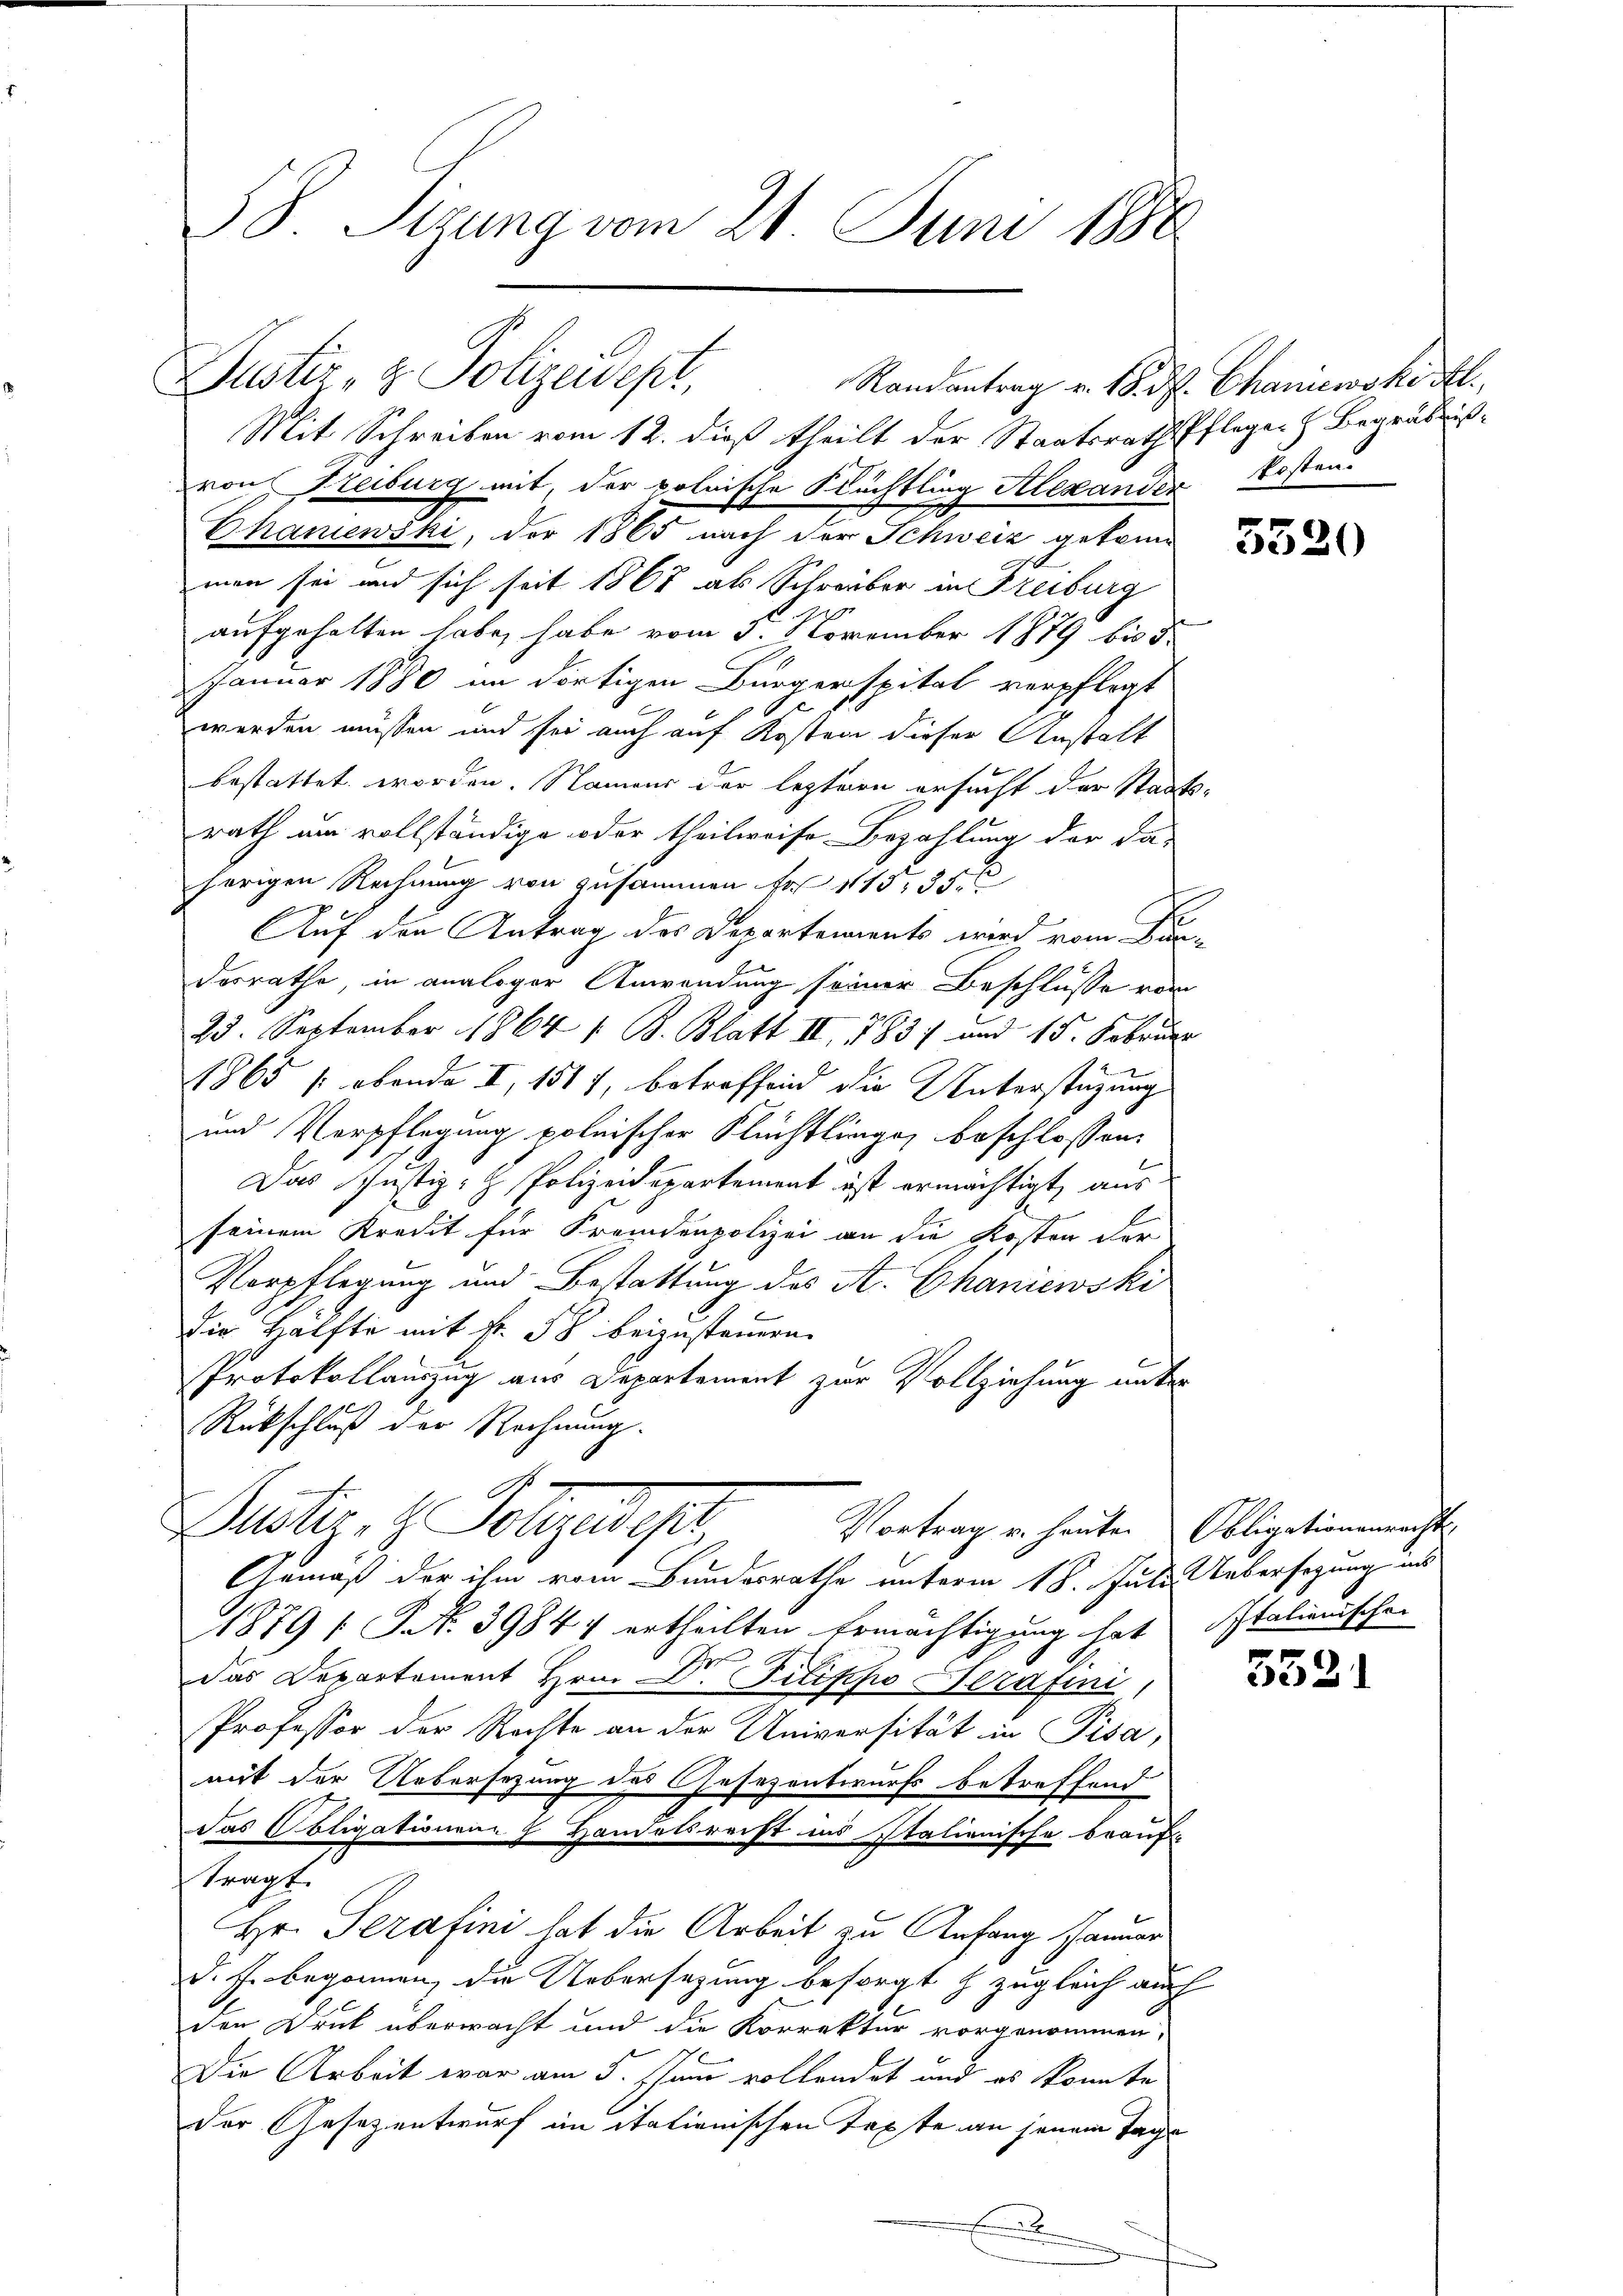
38. Sizung vom 21. Juni 1888.

Justiz- & Polizeidept, Randantrag v. 18. d. Chaniewski Al.

Mit Schreiben vom 12. dieß theilt der Staatsrath Pfleger h. Begräbnisvon Freiburg mit, der polnische Nüchtling Alexanden Kosten
Chaniewski, der 1865 nach der Schweiz gekomman sei und sich seit 1867 als Schreiber in Freiburg
aufgehalten habe, habe vom 3. November 1879 bis 5
Januar 1880 im dortigen Bürgerspital verpflegt
e
werden müssen und sei auch auf Kosten dieser Anstalt
bestattet worden. Namens der leztern ersucht der Staatsrath um vollständige oder theilweise Bezahlung der da-
herigen Rechnung von zusammen fr 113, 35
Auf den Antrag des Departements wird vom Findosrathe, in analoger Anwendung seiner Beschlusse von
25. September 1864 1 B. Blatt II, 1837 und 15. Februar
1865 s ebende II, 1517, betreffend die Unterstüzung
und Verpflegung polnischer Flüchtlingen beschlossen:
Das Justiz- & Polizeidepartement ist ermächtigt, aus
seinem Kredit für Fremdenpolizei an die Kosten der
Verpflegung und Bestattung des A. Chaniewski
die Hälfte mit Fr. 58 beizusteuern.
Protokollauszug aus Departement zur Vollziehung unter
Rückschluß der Rechnung.
Justiz- & Polizeidiger
Vortrag u. heute. Obligationenrechts,
Gemäß der ihm vom Bundesrathe unterm 18. Juli Uebersezung ins
1879 [ P N. 39844 ertheilten Ermächtigung hat Stalienischen
Das Departement Hrn. Dr. Filische Serafini
Professor der Rechte an der Universität in Pisa,
mit der Uebersezung des Gesezentwurfs betreffend
Das Obligationen 8 Handelsrecht ins Italienische beauf-
tragt.
Hr. Perafini hat die Arbeit zu Anfang Januar
d. fr. begonnen, die Uebersezung besorgt h. zugleich auch
den Druck überwacht und die Korrektur vorgenommen,
Die Arbeit war am 5. Juni vollendet und es konnte
der Gesezentwurf im itationischen Texte an jenem Tage
.

5520

5521